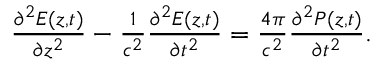
\begin{array} { r } { \frac { \partial ^ { 2 } E ( z , t ) } { \partial z ^ { 2 } } - \frac { 1 } { c ^ { 2 } } \frac { \partial ^ { 2 } E ( z , t ) } { \partial t ^ { 2 } } = \frac { 4 \pi } { c ^ { 2 } } \frac { \partial ^ { 2 } P ( z , t ) } { \partial t ^ { 2 } } . } \end{array}